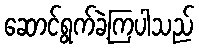
ဆောင်ရွက်ခဲ့ကြပါသည်